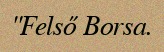
"Felső Borsa.